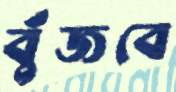
বুঁজবে